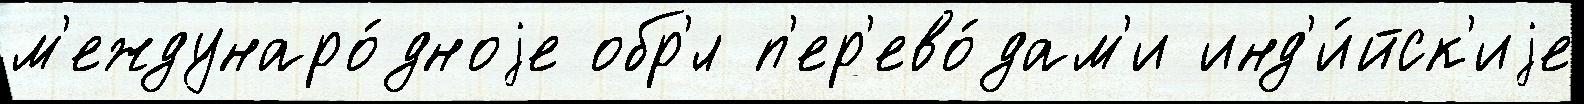
м'еждунаро́дноjе обр'́л п'ер'ево́дам'и инд'и́йск'иjе